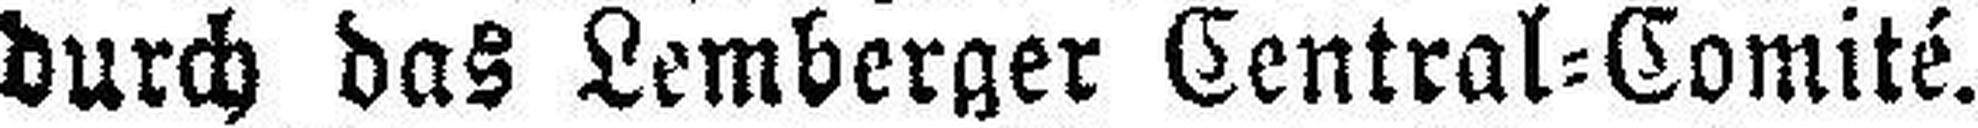
durch das Lemberger Central=Comité.